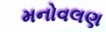
મનોવલણ